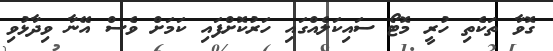
ގޮވާ ތަކެތި ހުރީ މޮޓޯ ސައިކަލެއްގައި ހަރުކޮށްފައި ކަމަށް ވެސް އޭނާ ވިދާޅުވި